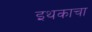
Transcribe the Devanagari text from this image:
इथकाचा